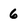
Character: 6